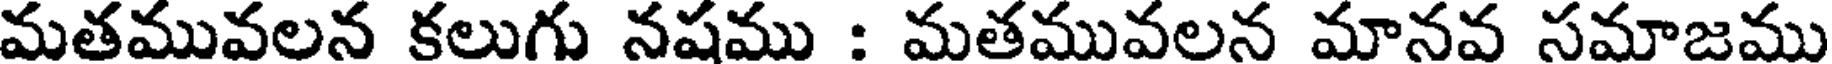
మతమువలన కలుగు నషము : మతమువలన మానవ సమాజము